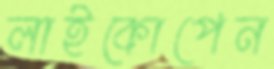
লাইকোপেন